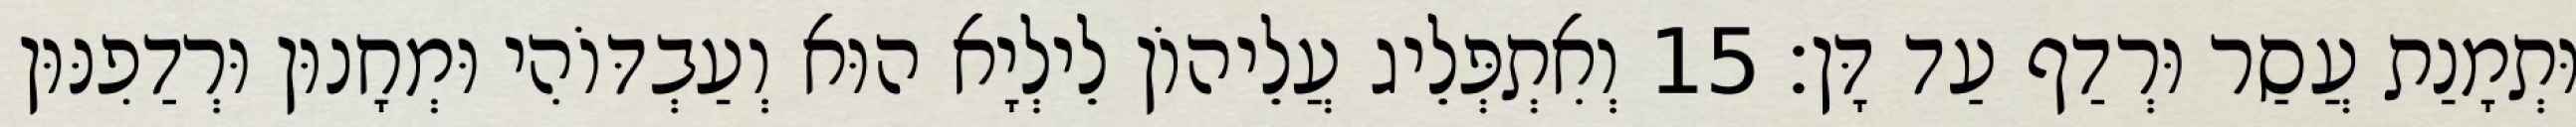
וּתְמָנַת עֲסַר וּרְדַף עַד דָּן׃ 15 וְאִתְפְּלֵיג עֲלֵיהוֹן לֵילְיָא הוּא וְעַבְדּוֹהִי וּמְחָנוּן וּרְדַפִנּוּן